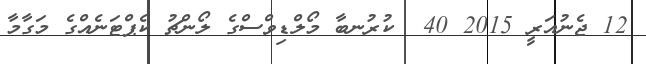
12 ޖެނުއަރީ 2015 40  ކުރުނބާ މޯލްޑިވްސްގެ ލޯންޗު ކެޕްޓަނެއްގެ މަގާމާ